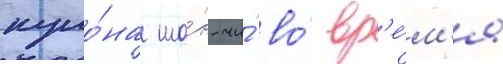
куло́на ша́н-чи́ во́ вр'е́м'я